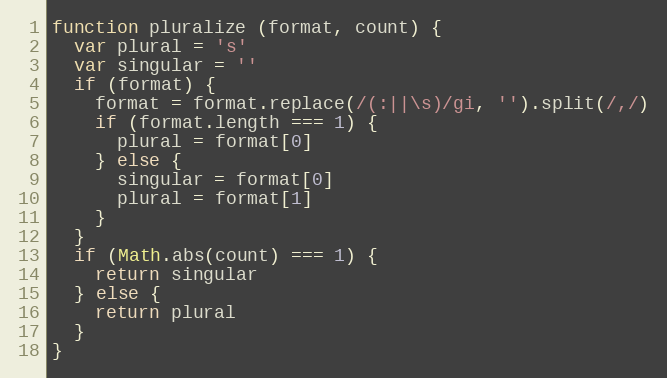
Language: JavaScript
function pluralize (format, count) {
  var plural = 's'
  var singular = ''
  if (format) {
    format = format.replace(/(:||\s)/gi, '').split(/,/)
    if (format.length === 1) {
      plural = format[0]
    } else {
      singular = format[0]
      plural = format[1]
    }
  }
  if (Math.abs(count) === 1) {
    return singular
  } else {
    return plural
  }
}